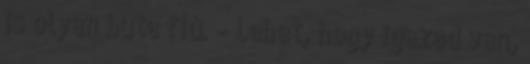
is olyan buta fiú. – Lehet, hogy igazad van,